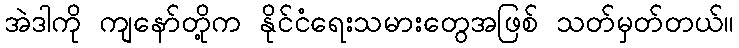
အဲဒါကို ကျနော်တို့က နိုင်ငံရေးသမားတွေအဖြစ် သတ်မှတ်တယ်။